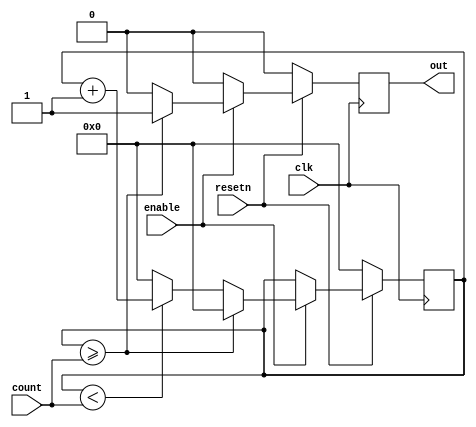
module time_counter(
										input 			 clk,
										input 			 resetn,
										input 			 enable,
										input [25:0] count,
										output reg 	 out
										);
	 /*
		clk - clock
		resetn - active low reset
		enable - enables this to start counting
		count - the maximum value this can count to
		out - signal
		*/
	 reg [25:0] 									 clock_counter;
	 
	 always @(posedge clk) begin
			out <= 1'b0; 
			if (!resetn)
				clock_counter <= 26'b0;
			else if (enable == 1'b1)
				begin
					 if (clock_counter >= count) begin
							out <= 1'b1;
							clock_counter <= 26'b0; 
					 end
					 else if (clock_counter < count)
						 clock_counter <= clock_counter + 1;
					 else
						 clock_counter <= 26'b0;
				end
	 end 
endmodule 

module coordinate_counter(
													input 					 clk,
													input 					 resetn,
													input 					 enable,
													input [7:0] 		 start,
													input [2:0] 		 step,
													input 					 step_sign, 
													output reg [7:0] out
													);
	 /*
		clk - clock
		resetn - active low reset
		enable - enables this to start counting
		start - the inital coordinate
		step - how fast we are moving
		step_sign - in what direction we are moving
		out - the new coordinate
		*/	
	 always @(posedge clk) begin
			if (!resetn)
				out <= start;
			else if (enable == 1)
				out <= step_sign ? out - step : out + step;
	 end 
endmodule

module acceleration_counter(
										input 			 clk,
										input 			 resetn,
										input 			 enable,
										input [25:0] count,
										input [25:0] terminal_velocity,
										output reg [25:0]	 out
										);
	 /*
		clk - clock
		resetn - active low reset
		enable - enables this to start counting
		count - the maximum value this can count to
		out - signal
		*/
	 reg [25:0] 									 clock_counter;
	 
	 always @(posedge clk) begin 
			if (!resetn) begin
				clock_counter <= 26'b0;
				out <= 26'd25000000;
			end
			else if (enable == 1'b1)
				begin
					 if (clock_counter == count) begin
							clock_counter <= 26'b0;
							if (out >= terminal_velocity)
								out <= out - 26'd300000;
					 end
					 else if (clock_counter < count)
						 clock_counter <= clock_counter + 1;
					 else
						 clock_counter <= 26'b0;
				end
	 end 
endmodule